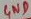
Text: GND